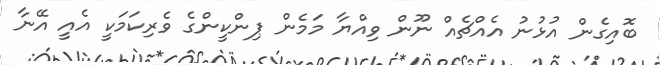
ބޮއިގެން އުޅުނު އެއްޗެއް ނޫން ވިއްޔާ މަމެން ޕިންކީންގެ ވެރިކަމަކީ އެއީ އޭނާ